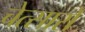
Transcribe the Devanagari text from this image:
चेत्सारो